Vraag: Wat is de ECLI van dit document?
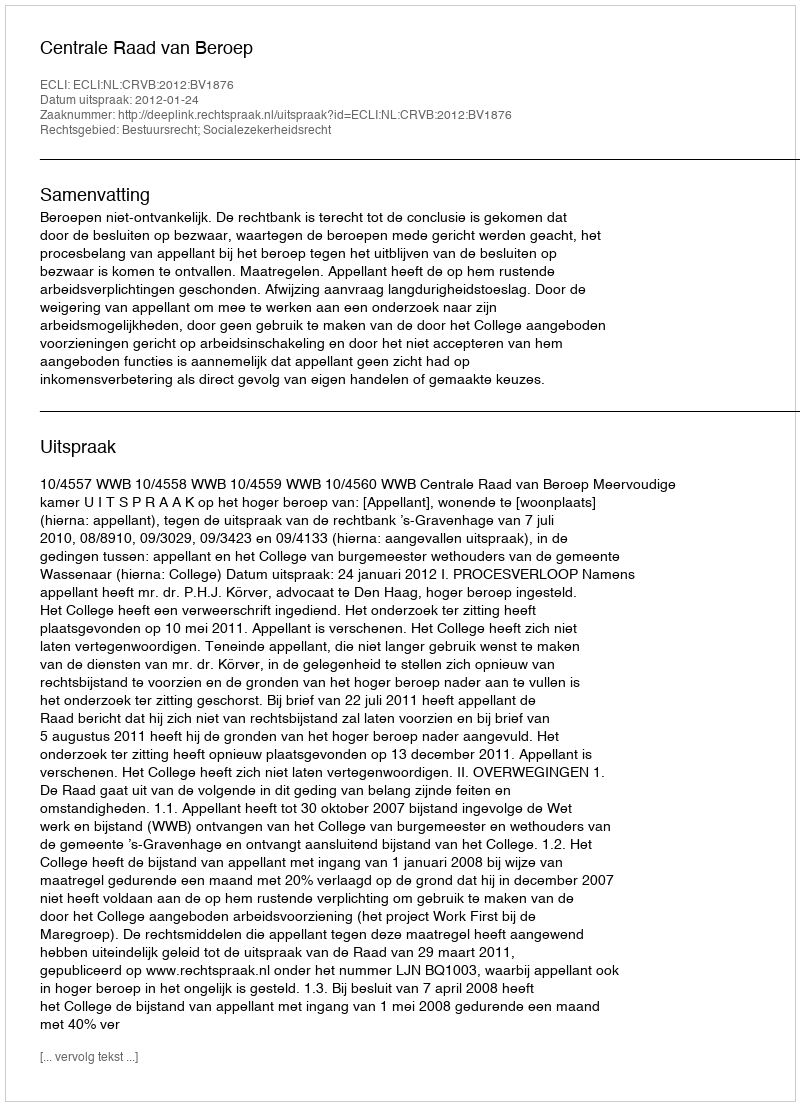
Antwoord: ECLI:NL:CRVB:2012:BV1876